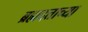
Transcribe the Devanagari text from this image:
ब्रह्मदत्ताच्या